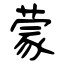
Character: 蒙